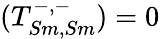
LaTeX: (T_{Sm,Sm}^{-,-})=0